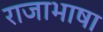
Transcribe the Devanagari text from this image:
राजाभाषा